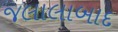
જલાલાબાદ